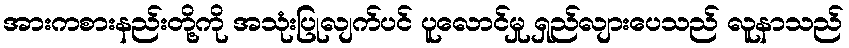
အားကစားနည်းတို့ကို အသုံးပြုလျက်ပင် ပူလောင်မှု ရှည်လျားပေသည် လူနာသည်